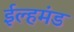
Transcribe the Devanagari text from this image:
ईल्हमंड